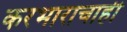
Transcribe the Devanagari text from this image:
करभाराचाही